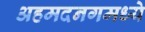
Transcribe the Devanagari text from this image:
अहमदनगमध्ये